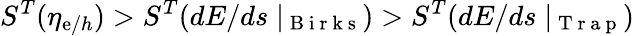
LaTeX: S^{T}(\eta_{\mathrm{e}/h})>S^{T}(dE/ds\mid_{\mathrm{{~B~i~r~k~s~}}})>S^{T}(dE/ds\mid_{\mathrm{{~T~r~a~p~}}})